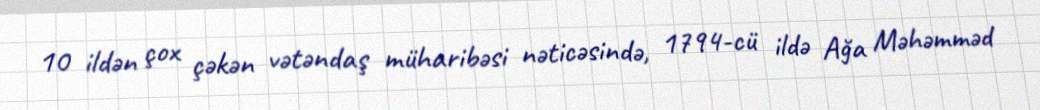
10 ildən çox çəkən vətəndaş müharibəsi nəticəsində, 1794-cü ildə Ağa Məhəmməd